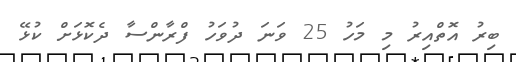
ބިރު އޮތްއިރު މި މަހު 25 ވަނަ ދުވަހު ފްރާންސާ ދެކޮޅަށް ކުޅޭ